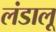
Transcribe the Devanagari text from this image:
लंडालू